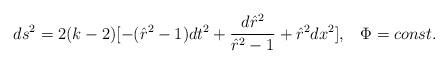
LaTeX: \begin{align*}ds^2=2(k-2)[-(\hat{r}^2-1)dt^2+\frac{d\hat{r}^2}{\hat{r}^2-1}+\hat{r}^2 dx^2],\;\;\;\Phi=const.\end{align*}